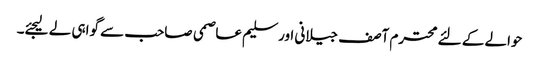
حوالے کے لئے محترم آصف جیلانی اور سلیم عاصمی صاحب سے گواہی لے لیجئے۔